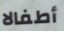
أطفالا